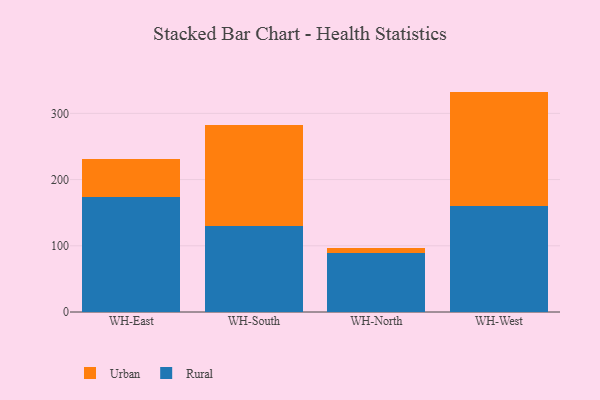
{"axis": {"x": "Warehouse", "y": "Customer Acquisition Cost (USD)"}, "legend": ["Rural", "Urban"], "data": [{"x": "WH-East", "y": 173.1, "type": "Rural"}, {"x": "WH-East", "y": 58.6, "type": "Urban"}, {"x": "WH-South", "y": 129.5, "type": "Rural"}, {"x": "WH-South", "y": 153.7, "type": "Urban"}, {"x": "WH-North", "y": 88.5, "type": "Rural"}, {"x": "WH-North", "y": 7.8, "type": "Urban"}, {"x": "WH-West", "y": 160.2, "type": "Rural"}, {"x": "WH-West", "y": 172.7, "type": "Urban"}]}